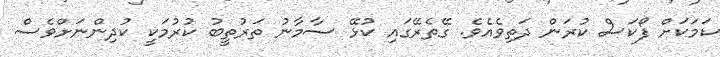
ކަމަކަށް ފޯކަސް ކުރަން ދަތިވެއެވެ. ގޭތެރޭގައި ކުޅޭ ސާމާނު ތަރުތީބު ކުރުމަކީ ކުދިންނަށްވެސް